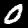
Label: 0